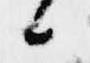
候